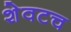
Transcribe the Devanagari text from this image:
शेवटच